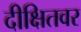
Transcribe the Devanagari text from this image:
दीक्षितवर